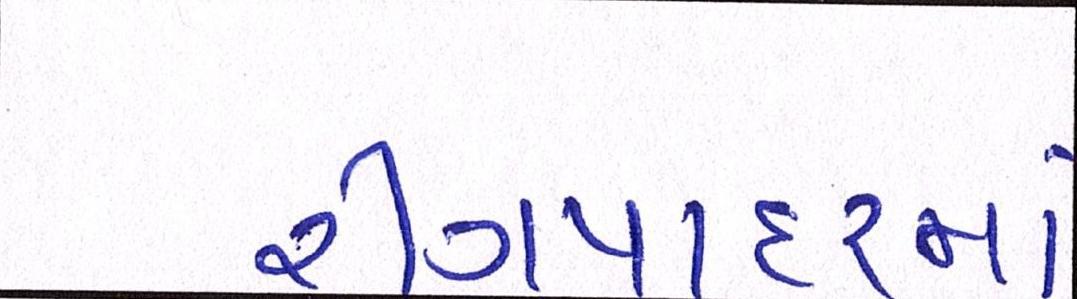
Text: રીંગપાદરમાં